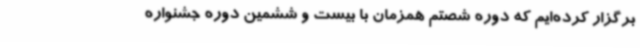
برگزار کرده‌ایم که دوره شصتم همزمان با بیست و ششمین دوره جشنواره